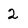
Character: 2